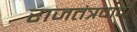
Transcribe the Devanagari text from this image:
राजतंत्रवादी